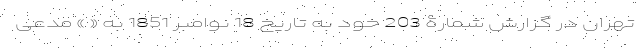
تهران در گزارش شمارۀ 203 خود به تاریخ 18 نوامبر 1851 به « » مدعی